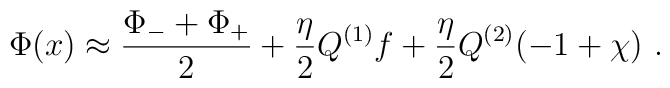
\Phi(x) \approx {\Phi_- +\Phi_+ \over 2} + {\eta \over 2}Q^{(1)} f +{\eta \over 2} Q^{(2)} (-1+\chi) \ .